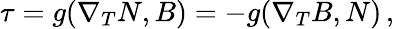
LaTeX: \tau=g(\nabla_{T}N,B)=-g(\nabla_{T}B,N)\, ,